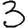
Digit: 3